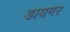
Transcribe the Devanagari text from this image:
डायगर